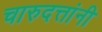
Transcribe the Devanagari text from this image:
चारुदत्तांनी